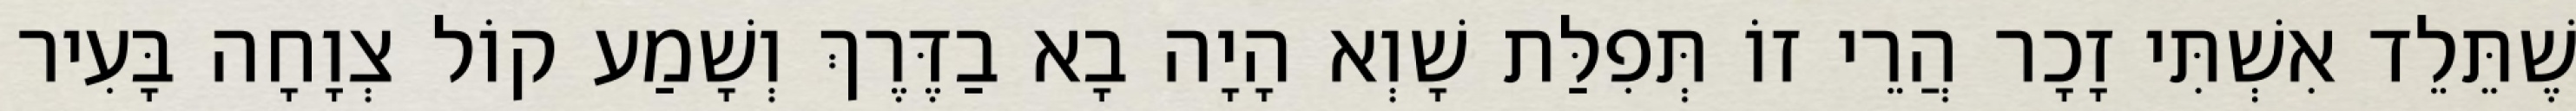
שֶׁתֵּלֵד אִשְׁתִּי זָכָר הֲרֵי זוֹ תְּפִלַּת שָׁוְא הָיָה בָא בַדֶּרֶךְ וְשָׁמַע קוֹל צְוָחָה בָּעִיר